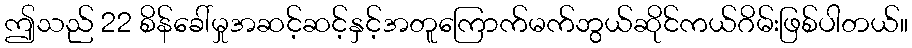
ဤသည် 22 စိန်ခေါ်မှုအဆင့်ဆင့်နှင့်အတူကြောက်မက်ဘွယ်ဆိုင်ကယ်ဂိမ်းဖြစ်ပါတယ်။